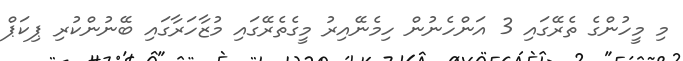
މި މީހުންގެ ތެރޭގައި 3 އަންހެނުން ހިމެނޭއިރު މީގެތެރޭގައި މުޒާހަރާގައި ބޭނުންކުރި ޕިކަޕް